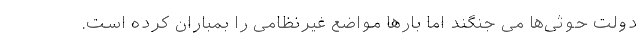
دولت حوثی‌ها می جنگند اما بارها مواضع غیرنظامی را بمباران کرده است.